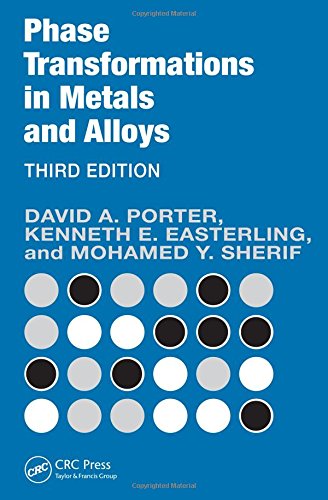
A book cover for Phase Transformations in Metals and Alloys, Third Edition (Revised Reprint); David A. Porter; Science & Math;